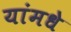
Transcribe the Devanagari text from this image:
यांमधे